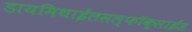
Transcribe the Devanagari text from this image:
डायमिथाईलसल्फॉक्साईड